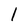
Character: 1